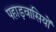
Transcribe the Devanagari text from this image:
पहाड़वासियों